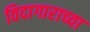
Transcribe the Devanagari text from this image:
विदागाराच्या